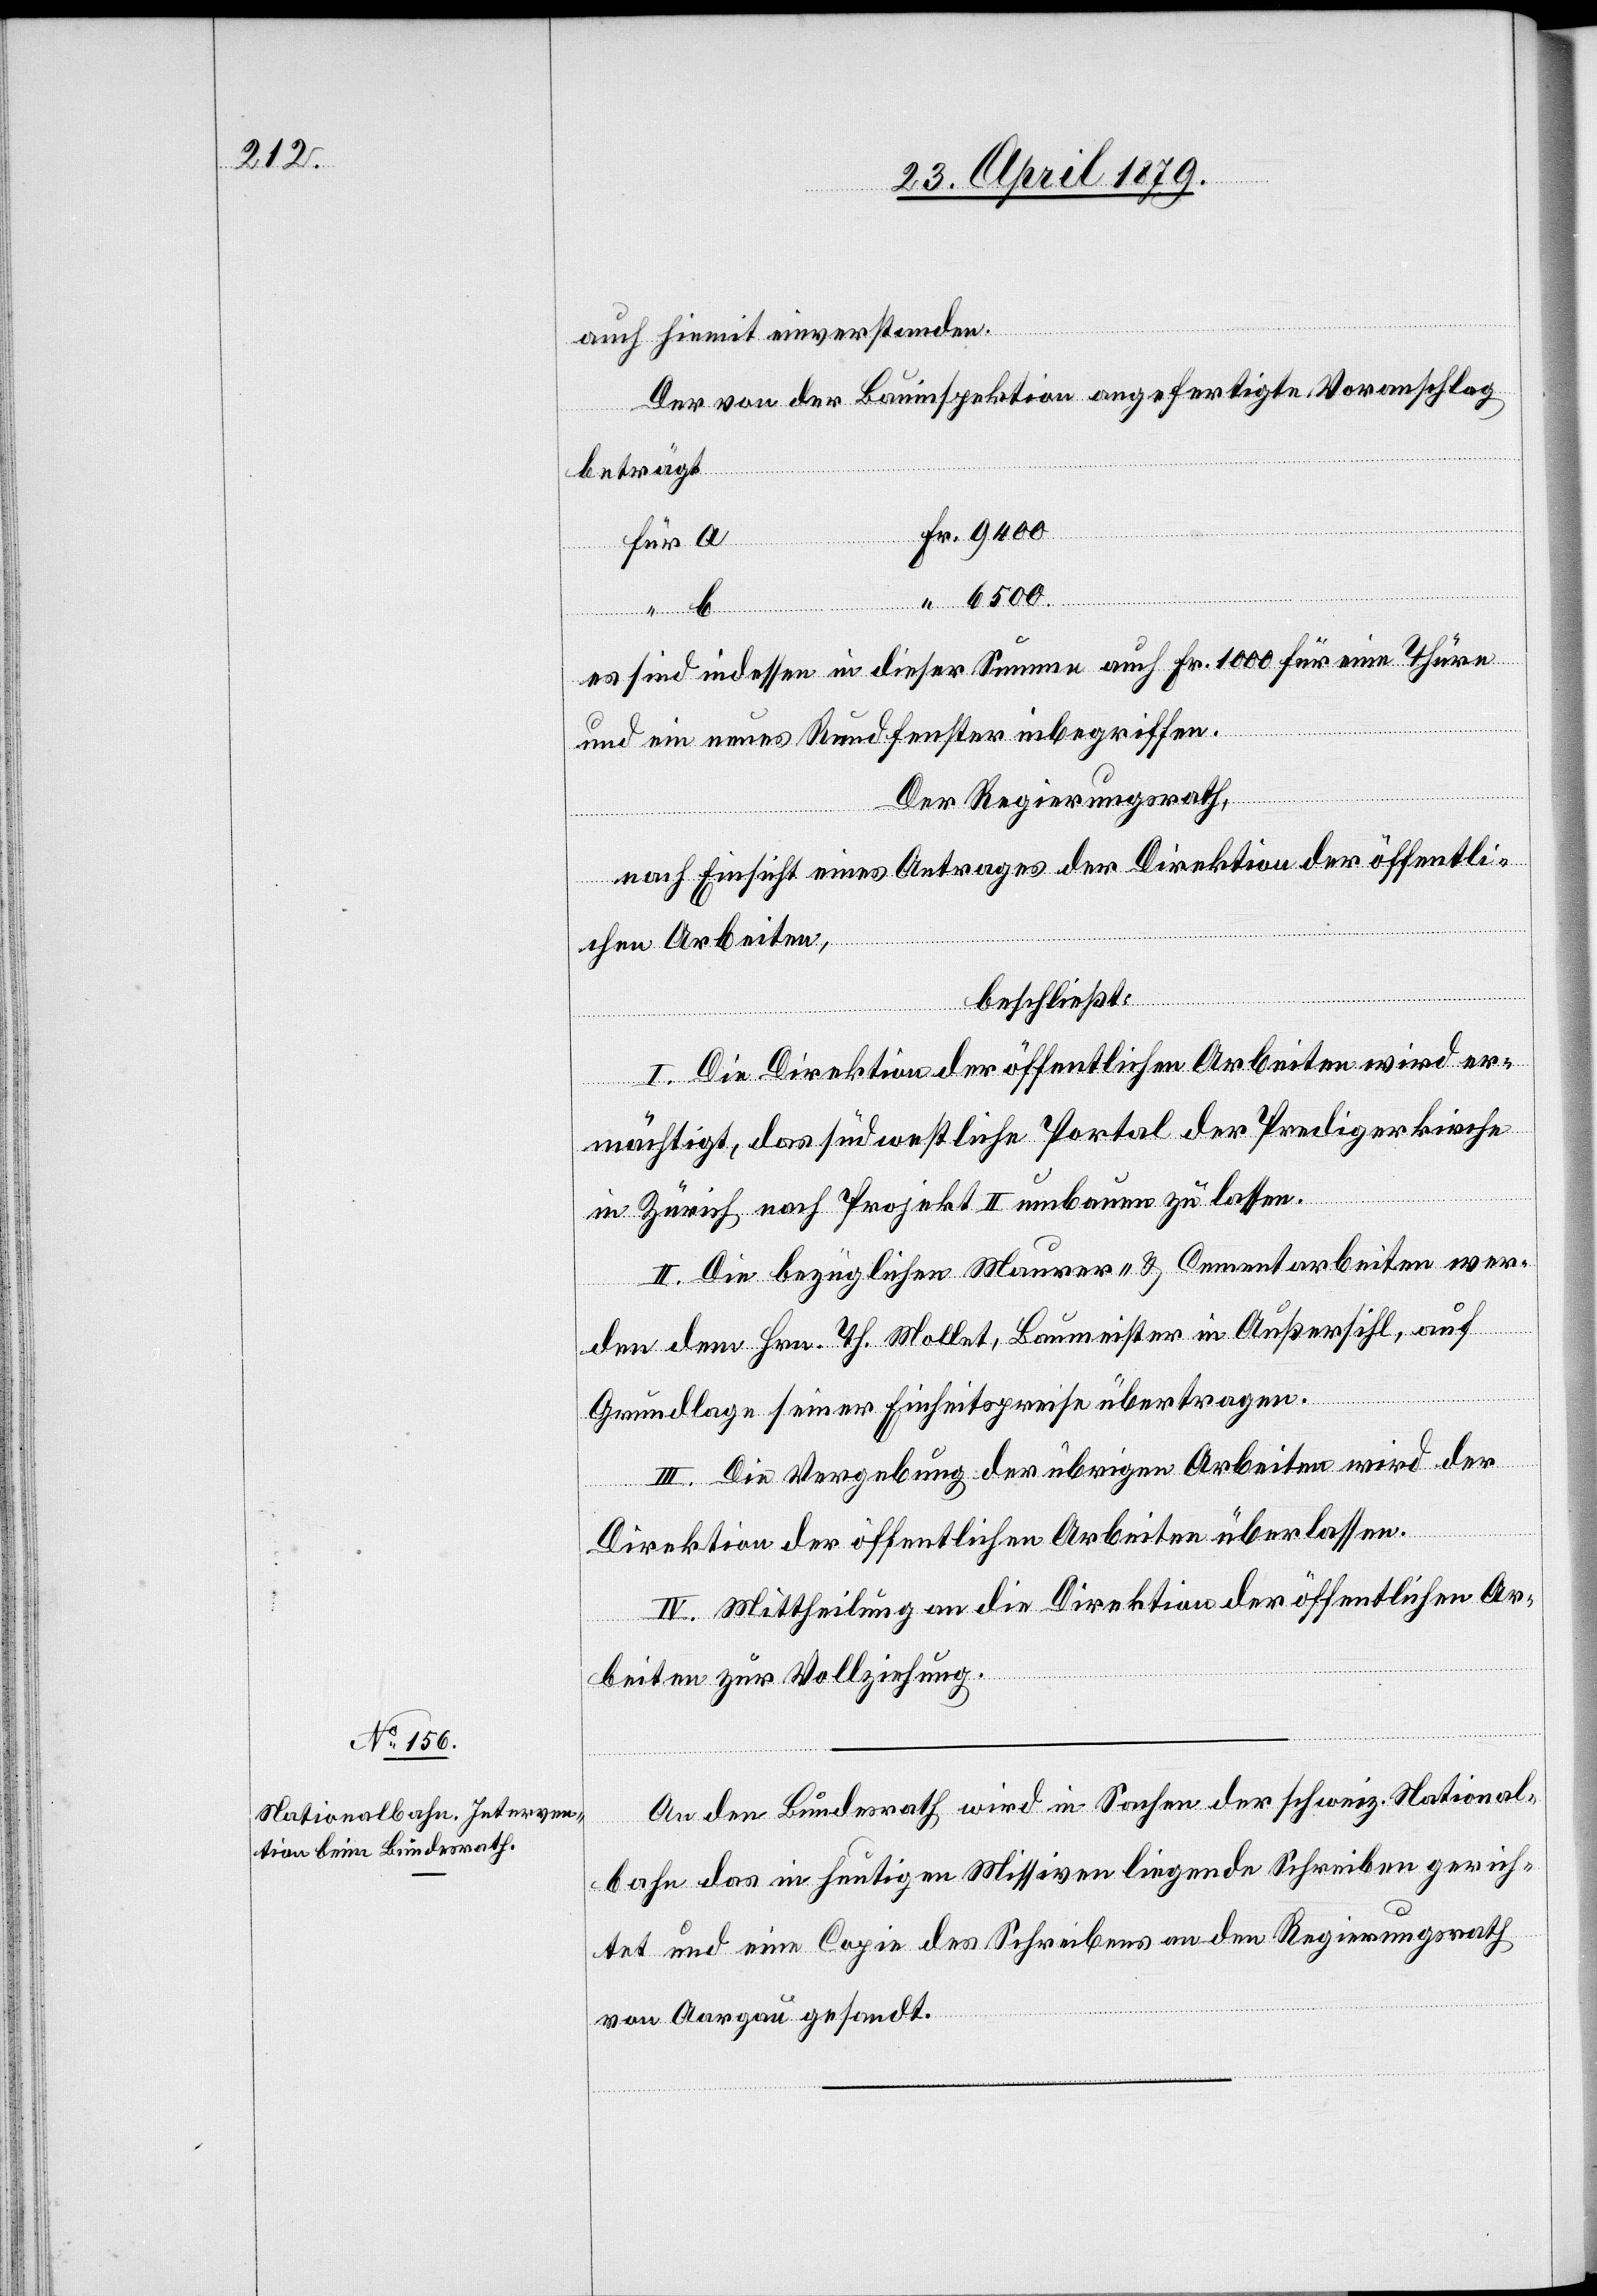
auch hiemit einverstanden.
Der von der Bauinspektion angefertigte Voranschlag
beträgt
für
Fr.
6500.
es sind indessen in dieser Summe auch Fr. 1000 für eine Thüre
und ein neues Rundfenster inbegriffen.
Der Regierungsrath,
nach Einsicht eines Antrages der Direktion der öffentli¬
chen Arbeiten,
beschließt:
I. Die Direktion der öffentlichen Arbeiten wird er¬
mächtigt, das südwestliche Portal der Predigerkirche
in Zürich nach Projekt II umbauen zu lassen.
II. Die bezüglichen Maurer- & Cementarbeiten wer¬
den dem Hrn. Th. Mollet, Baumeister in Außersihl, auf
Grundlage seiner Einheitspreise übertragen.
III. Die Vergebung der übrigen Arbeiten wird der
Direktion der öffentlichen Arbeiten überlassen.
IV. Mittheilung an die Direktion der öffentlichen Ar¬
beiten zur Vollziehung.
An den Bundesrath wird in Sachen der schweiz. National¬
bahn das in heutigen Missiven liegende Schreiben gerich¬
tet und eine Copie des Schreibens an den Regierungsrath
von Aargau gesandt.